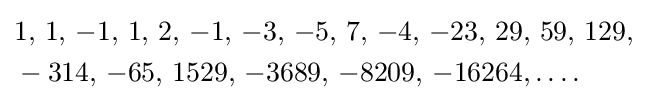
{\begin{aligned}&1,\,1,\,-1,\,1,\,2,\,-1,\,-3,\,-5,\,7,\,-4,\,-23,\,29,\,59,\,129,\\&-314,\,-65,\,1529,\,-3689,\,-8209,\,-16264,\dots .\\\end{aligned}}